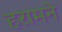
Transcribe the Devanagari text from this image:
हरामने